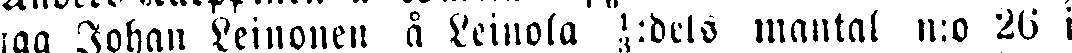
lag Johan Leinonen å Leinola ⅓:dels mantal n:o 26 i